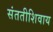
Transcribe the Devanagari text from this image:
संततीशिवाय